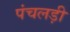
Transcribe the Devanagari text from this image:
पंचलड़ी